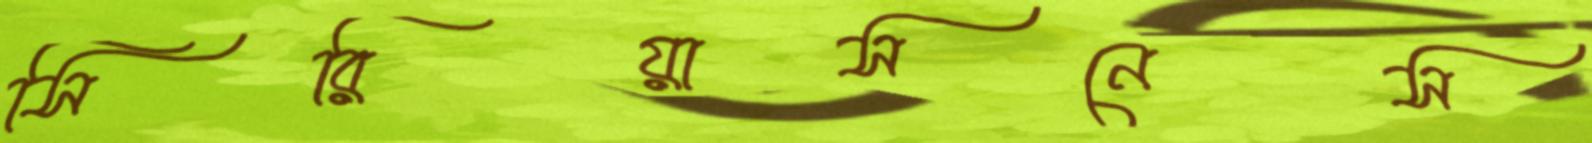
সিরিয়াসনেস